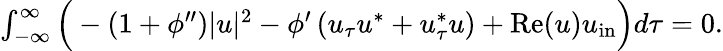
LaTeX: \begin{array}{r}{\int_{-\infty}^{\infty}\Big(-(1+\phi^{\prime\prime})|u|^{2}-\phi^{\prime}\left(u_{\tau}u^{*}+u_{\tau}^{*}u\right)+\mathrm{Re}(u)u_{\mathrm{in}}\Big)d\tau=0.}\end{array}